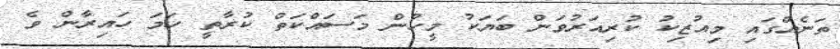
ތަނެއްގައި މިއުޒިކު ކުރިއަރުވަން ބަޔަކު މީހުން މަސައްކަތް ކުރާތީ ހަމަ ހައިރާން ވެ